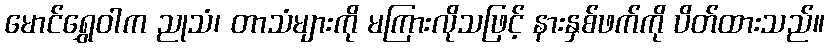
မောင်ရွှေဝါက ညုသံ၊ တာသံများကို မကြားလိုသဖြင့် နားနှစ်ဖက်ကို ပိတ်ထားသည်။